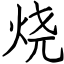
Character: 烧